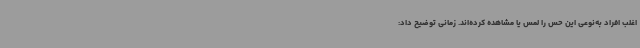
اغلب افراد به‌نوعی این حس را لمس یا مشاهده کرده‌اند. زمانی توضیح داد: